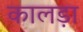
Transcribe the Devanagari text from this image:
कालड़ा